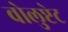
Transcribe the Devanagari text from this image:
वोलुप्टेट